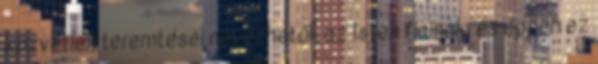
közvetlen teremtései nevezhetők az Isten fiainak, és éppen ez